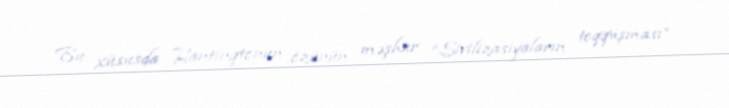
Bu xüsusda Hantinqtonun özünün məşhur “Sivilizasiyaların toqquşması”